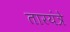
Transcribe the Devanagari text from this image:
तारयंत्रे